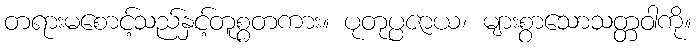
တရားမစောင့်သည်နှင့်တူစွတကား။ ပုတုပ္ပဇာယ၊ များစွာသောသတ္တဝါကို။